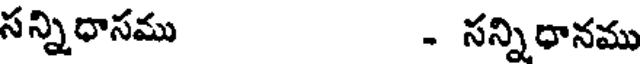
సన్నిధాసము - సన్నిధానము